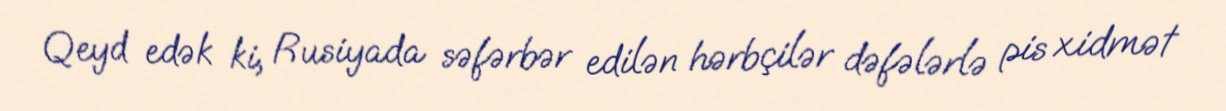
Qeyd edək ki, Rusiyada səfərbər edilən hərbçilər dəfələrlə pis xidmət